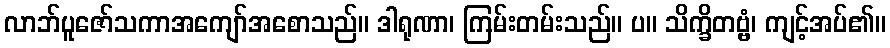
လာဘ်ပူဇော်သကာအကျော်အစောသည်။ ဒါရုဏာ၊ ကြမ်းတမ်းသည်။ ပ။ သိက္ခိတဗ္ဗံ၊ ကျင့်အပ်၏။